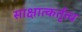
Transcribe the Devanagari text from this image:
साक्षात्कर्तृत्व